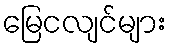
မြေငလျင်များ